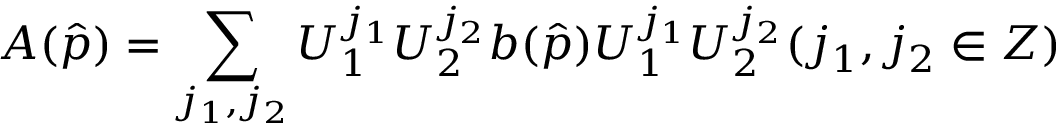
A ( \hat { p } ) = \sum _ { j _ { 1 } , j _ { 2 } } U _ { 1 } ^ { j _ { 1 } } U _ { 2 } ^ { j _ { 2 } } b ( \hat { p } ) U _ { 1 } ^ { j _ { 1 } } U _ { 2 } ^ { j _ { 2 } } ( j _ { 1 } , j _ { 2 } \in Z )